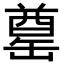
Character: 𮉶